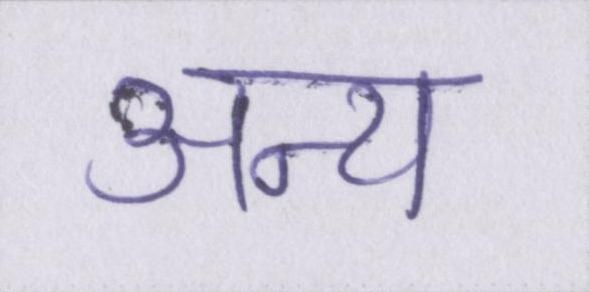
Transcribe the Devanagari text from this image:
अन्य